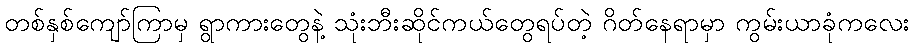
တစ်နှစ်ကျော်ကြာမှ ရွာကားတွေနဲ့ သုံးဘီးဆိုင်ကယ်တွေရပ်တဲ့ ဂိတ်နေရာမှာ ကွမ်းယာခုံကလေး